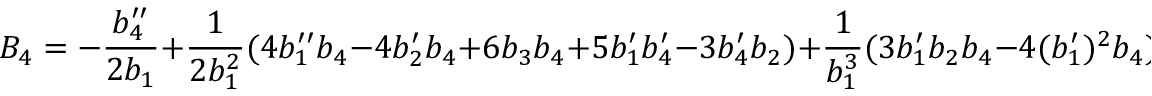
B _ { 4 } = - \frac { b _ { 4 } ^ { \prime \prime } } { 2 b _ { 1 } } + \frac { 1 } { 2 b _ { 1 } ^ { 2 } } ( 4 b _ { 1 } ^ { \prime \prime } b _ { 4 } - 4 b _ { 2 } ^ { \prime } b _ { 4 } + 6 b _ { 3 } b _ { 4 } + 5 b _ { 1 } ^ { \prime } b _ { 4 } ^ { \prime } - 3 b _ { 4 } ^ { \prime } b _ { 2 } ) + \frac { 1 } { b _ { 1 } ^ { 3 } } ( 3 b _ { 1 } ^ { \prime } b _ { 2 } b _ { 4 } - 4 ( b _ { 1 } ^ { \prime } ) ^ { 2 } b _ { 4 } )